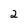
Character: 2